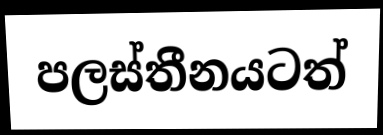
පලස්තීනයටත්